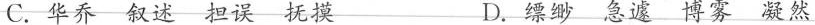
C.华乔 叙述 担误 抚摸 D.缥缈 急遽 博雾凝然